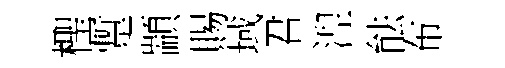
檉蹔顓賜域君湼䏻布